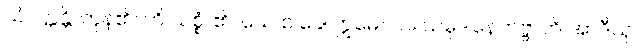
သံဝတ္တန္တိ၊ ကုန်၏။ ဟိ သစ္စံ၊ ၏။ ယေ စ ခေါ ဣမေ။ လ။ သမုဒါနေတဗ္ဗာတိ အာဒီသု